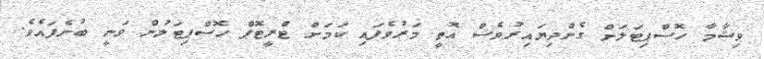
ވިޝާމާ ހޮސްޕިޓަލަށް ގެންދިޔައިރުވެސް އޮތީ މަރުވެފައި ކަމަށް ޓްރީޓޮޕް ހޮސްޕިޓަލުން ވަނީ ބުނެފައެވެ.